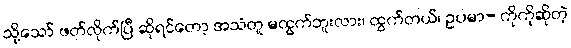
သို့သော် ဖတ်လိုက်ပြီ ဆိုရင်တော့ အသံတူ မထွက်ဘူးလား၊ ထွက်တယ်၊ ဥပမာ- ကိုကိုဆိုတဲ့